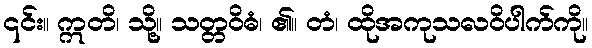
၎င်း။ ဣတိ၊ သို့။ သတ္တဝိဓံ၊ ၏။ တံ၊ ထိုအကုသလဝိပါက်ကို။